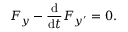
F _ { y } - { \frac { \mathrm { d } } { \mathrm { d } t } } F _ { y ^ { \prime } } = 0 .